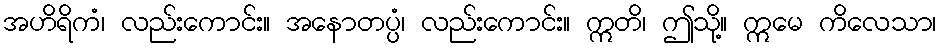
အဟိရိကံ၊ လည်းကောင်း။ အနောတပ္ပံ၊ လည်းကောင်း။ ဣတိ၊ ဤသို့။ ဣမေ ကိလေသာ၊